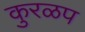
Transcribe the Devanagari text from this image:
कुरळप